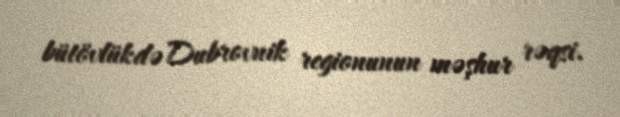
bütövlükdə Dubrovnik regionunun məşhur rəqsi.